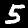
Label: 5